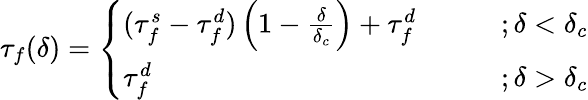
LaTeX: \tau_{f}(\delta)=\left\{ \begin{array}{ll}{(\tau_{f}^{s}-\tau_{f}^{d})\left(1-\frac{\delta}{\delta_{c}}\right)+\tau_{f}^{d}~~~~~~~~}&{;\delta<\delta_{c}}\\ {\tau_{f}^{d}~~~~~~~~}&{;\delta>\delta_{c}}\end{array}\right.